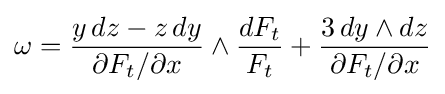
\omega ={\frac {y\,dz-z\,dy}{\partial F_{t}/\partial x}}\wedge {\frac {dF_{t}}{F_{t}}}+{\frac {3\,dy\wedge dz}{\partial F_{t}/\partial x}}